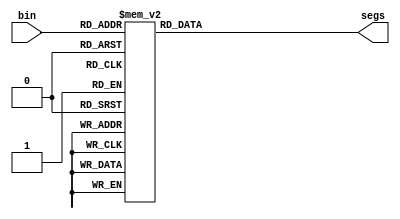
// define segment codes
`define SS_0 8'b00000011
`define SS_1 8'b10011111
`define SS_2 8'b00100101
`define SS_3 8'b00001101
`define SS_4 8'b10011001
`define SS_5 8'b01001001
`define SS_6 8'b01000001
`define SS_7 8'b00011111
`define SS_8 8'b00000001
`define SS_9 8'b00001001
`define SS_10 8'b11111101

module display(segs, bin);
output [7:0] segs;  
input [3:0] bin;
reg [7:0] segs;  

always @*
  case (bin)
    4'd0: segs = `SS_0;
    4'd1: segs = `SS_1;
    4'd2: segs = `SS_2;
    4'd3: segs = `SS_3;
    4'd4: segs = `SS_4;
    4'd5: segs = `SS_5;
    4'd6: segs = `SS_6;
    4'd7: segs = `SS_7;
    4'd8: segs = `SS_8;
    4'd9: segs = `SS_9;
    default: segs = `SS_10;
  endcase
endmodule